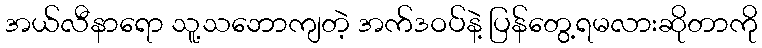
အယ်လီနာရော သူ့သဘောကျတဲ့ အက်ဒဝပ်နဲ့ ပြန်တွေ့ရမလားဆိုတာကို